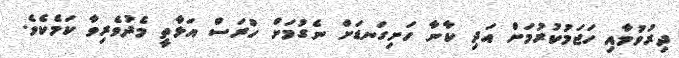
ދިރުވުމާއި ހަޖަމުކުރުމަށް އަދި ކާނާ ހަށިގަނޑަށް ނެގުމަށް ހުރަސް އަޅާތީ މެދުވެރިވާ ކަމެކެވެ.